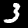
Digit: 3